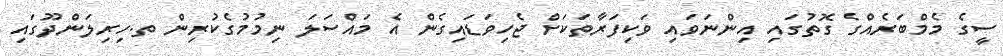
ސީގެ މެމްބަރެއްގެ ގޮތުގައި އިންނަވައި ވަކިފަރާތަކަށް ޖެހިވަޑައިގެން އެ މައްސަލަ ނިމުމުގެކުރިން ތ.ހިރިލަންދޫގައި